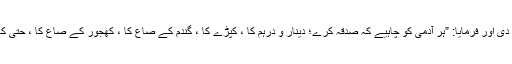
پھر آپ ﷺ نے صدقہ کرنے کی ترغیب دی اور فرمایا: ”ہر آدمی کو چاہیے کہ صدقہ کرے؛ دینار و درہم کا ، کپڑے کا ، گندم کے صاع کا ، کھجور کے صاع کا ، حتی کہ فرمایا گو کھجور کا ایک ٹکڑا ہی ہو“۔